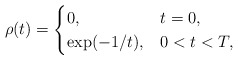
\begin{align*}\rho(t)=\begin{cases}0, & t=0,\\\exp(-1/t), & 0<t<T,\end{cases}\end{align*}